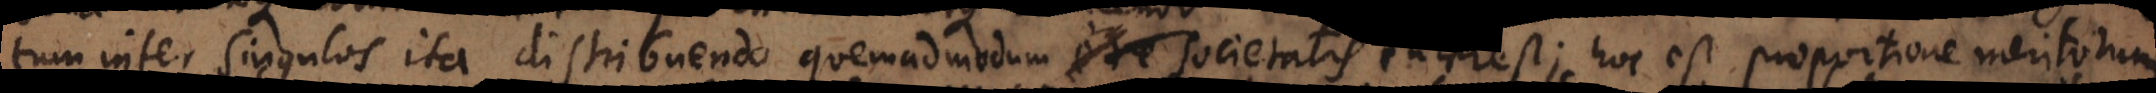
tum inter singulos ita distribuendo quemadmodum societatis interest; hoc est proportione meritorum